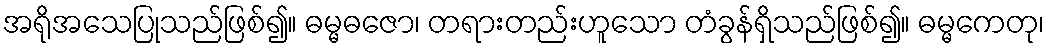
အရိုအသေပြုသည်ဖြစ်၍။ ဓမ္မဓဇော၊ တရားတည်းဟူသော တံခွန်ရှိသည်ဖြစ်၍။ ဓမ္မကေတု၊